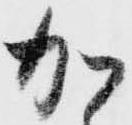
加